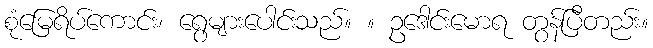
စုံမြေရိပ်ကောင်း၊ ရွေများပေါင်းသည်။ ။ ဥဒေါင်းမောရ တွန်ပြီတည်း။